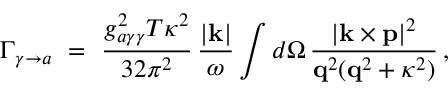
\Gamma _ { \gamma \to a } \ = \ \frac { g _ { a \gamma \gamma } ^ { 2 } T \kappa ^ { 2 } } { 3 2 \pi ^ { 2 } } \, \frac { | { \bf k } | } { \omega } \int d \Omega \, \frac { | { \bf k } \times { \bf p } | ^ { 2 } } { { \bf q } ^ { 2 } ( { \bf q } ^ { 2 } + \kappa ^ { 2 } ) } \, ,